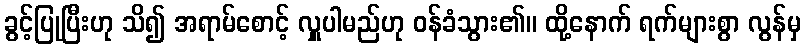
ခွင့်ပြုပြီးဟု သိ၍ အရာမ်စောင့် လှူပါမည်ဟု ဝန်ခံသွား၏။ ထို့နောက် ရက်များစွာ လွန်မှ